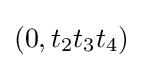
(0,t_{2}t_{3}t_{4})